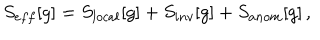
S _ { e f f } [ g ] = S _ { l o c a l } [ g ] + S _ { i n v } [ g ] + S _ { a n o m } [ g ] \, ,